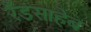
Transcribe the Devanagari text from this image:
रँडसाहेब